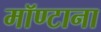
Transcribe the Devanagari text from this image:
मॉण्टाना